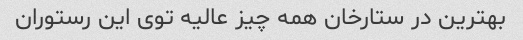
بهترین در ستارخان همه چیز عالیه توی این رستوران